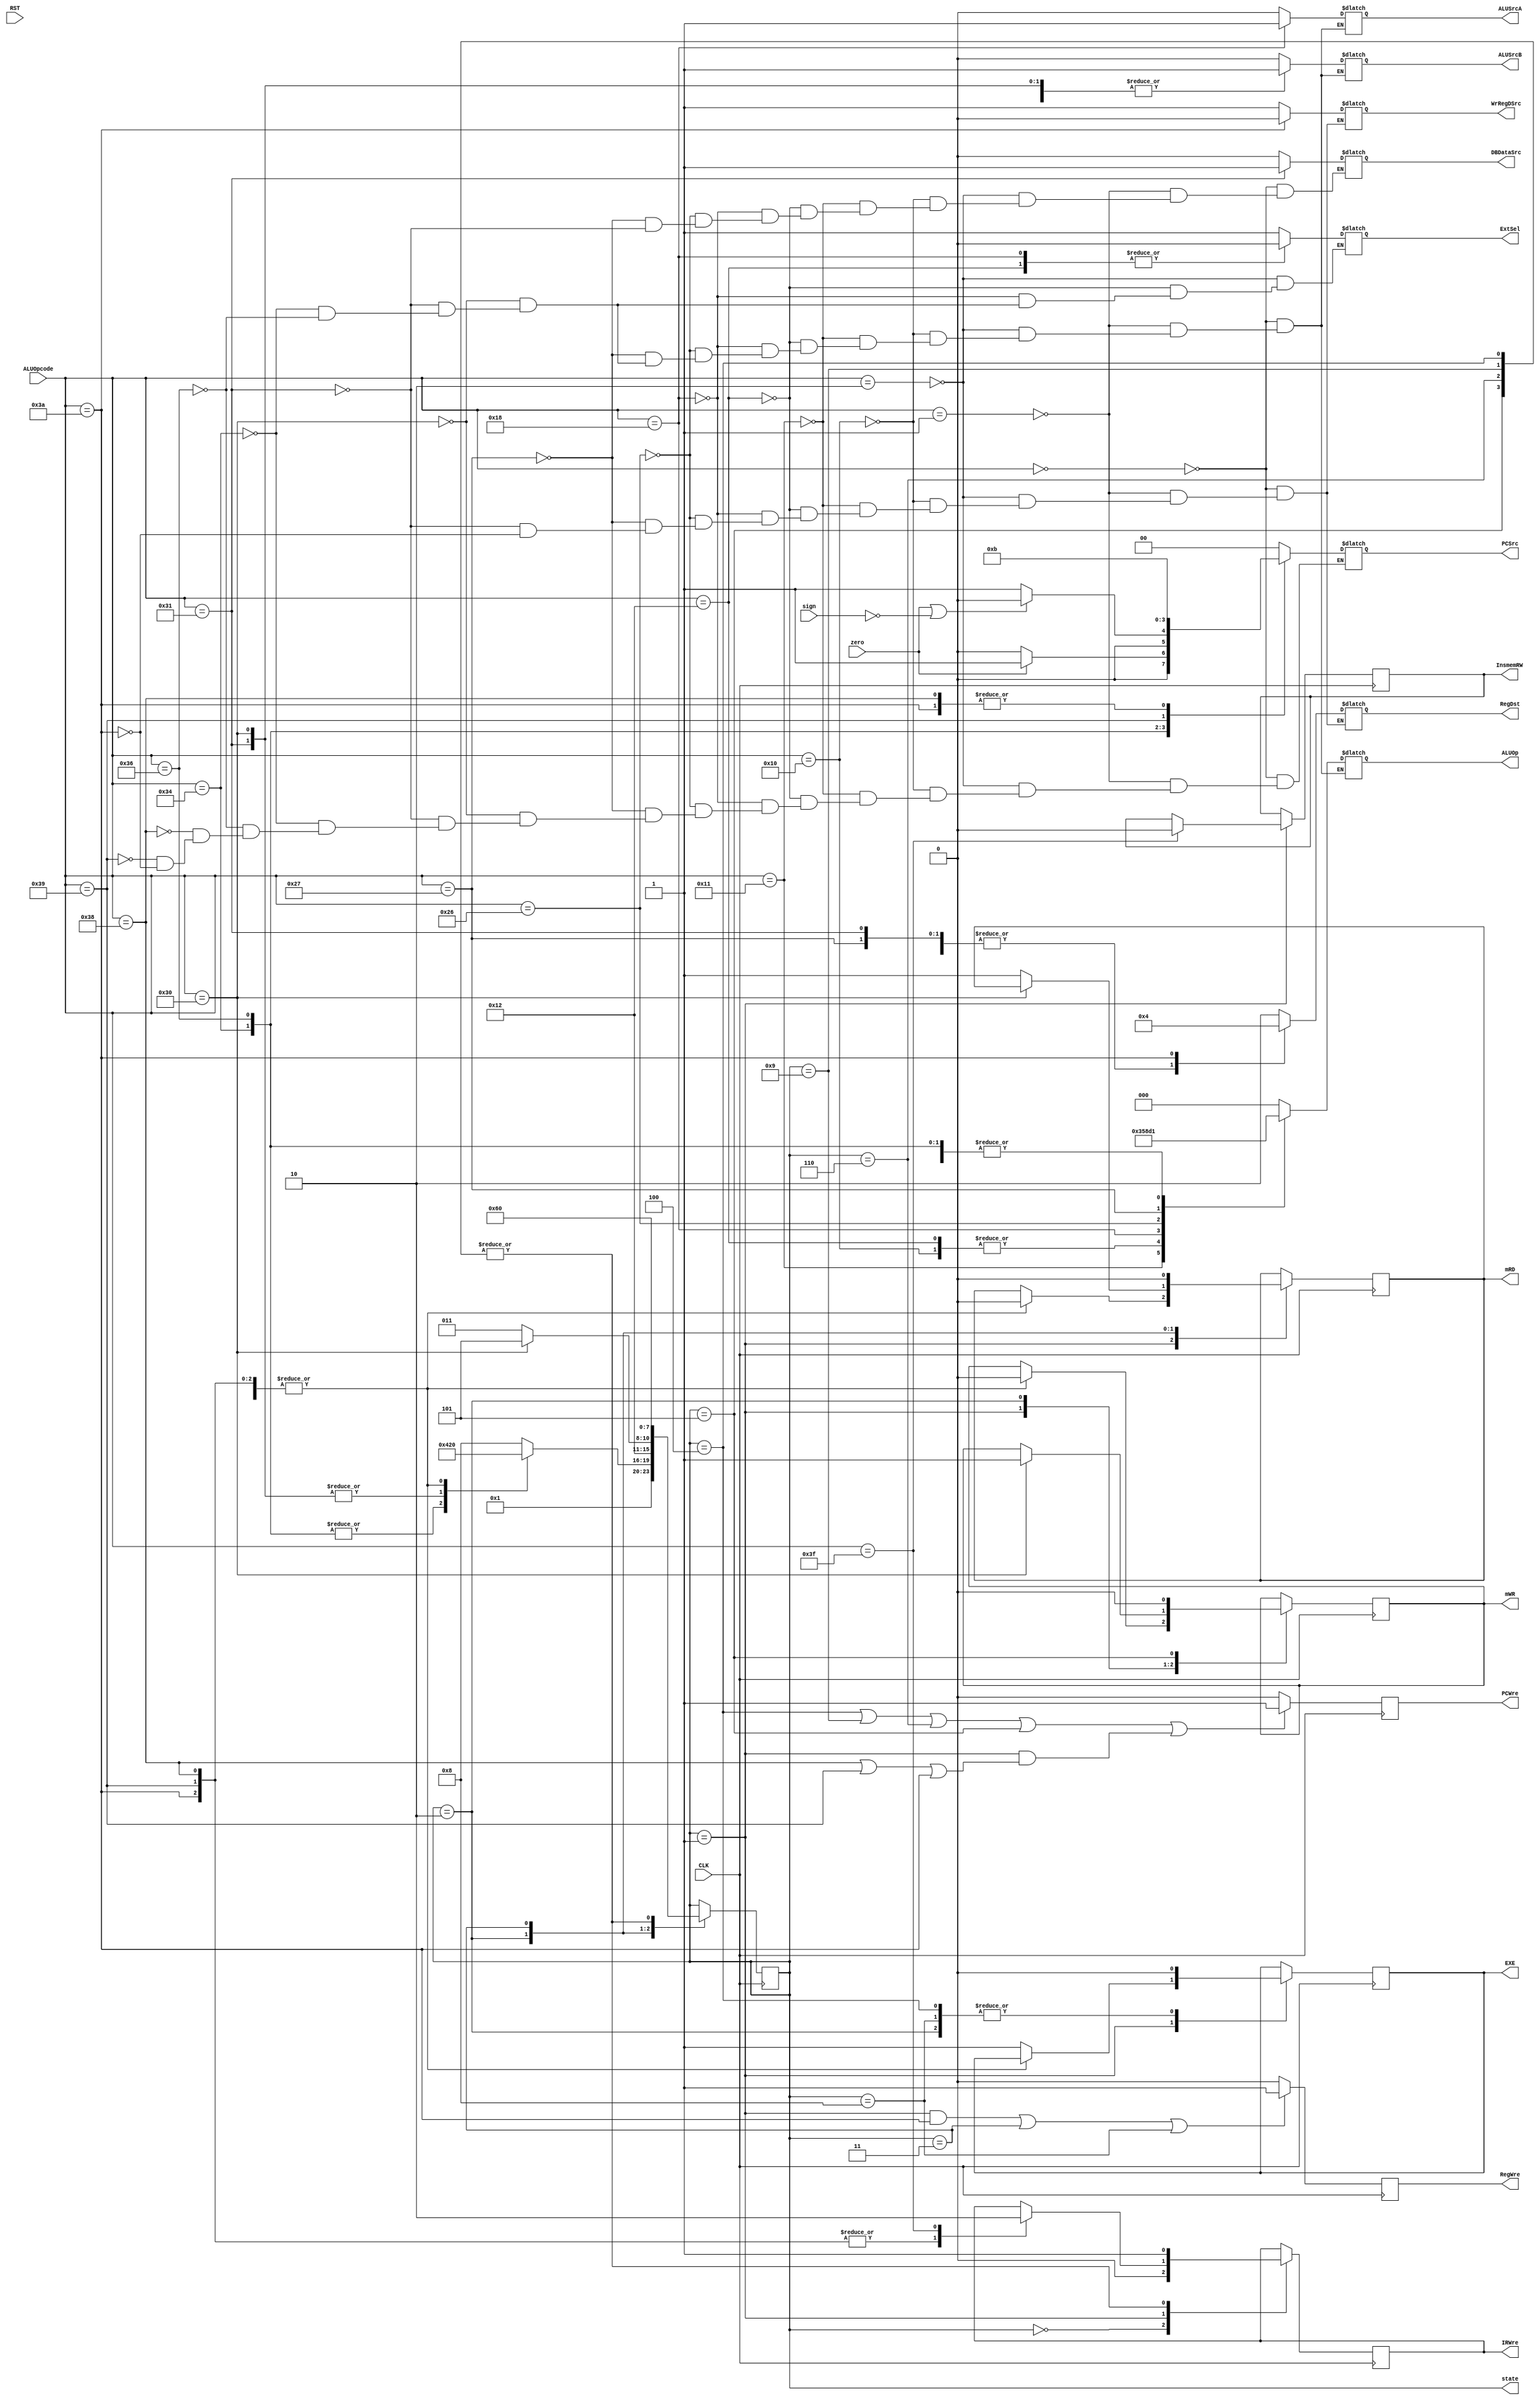
`timescale 1ns / 1ps
//////////////////////////////////////////////////////////////////////////////////
// Company: 
// Engineer: 
// 
// Design Name: 
// Module Name: ctrlUnit
// Project Name: 
// Target Devices: 
// Tool Versions: 
// Description: 
// 
// Dependencies: 
// 
// Revision:
// Revision 0.01 - File Created
// Additional Comments:
// 
//////////////////////////////////////////////////////////////////////////////////

module ctrlUnit(
    input [5:0] ALUOpcode,
    input RST,
    input CLK,
    input sign,
    input zero,
    output reg RegWre,
    output reg WrRegDSrc,
    output reg InsmemRW,
    output reg IRWre,
    output reg PCWre,
    output reg ExtSel,
    output reg mRD,
    output reg mWR,
    output reg EXE,
    output reg DBDataSrc,
    output reg ALUSrcB,
    output reg ALUSrcA,
    output reg [1:0] RegDst,
    output reg [1:0] PCSrc,
    output reg [2:0] ALUOp,
    output reg [3:0] state
    );
    //
    initial begin
        state = 4'b0000;
        IRWre = 1;
        PCWre = 0;
        RegWre = 0;
    end
    //IRWre PCWre RegWre mRD mWR 
    always @ (posedge CLK) begin
        case(state)
            4'b0000: begin
                IRWre <= 0;
                state <= 4'b0001;
            end
            4'b0001: begin
                case(ALUOpcode)
                    6'b110100, 6'b110110: begin //beq, bltz
                        EXE <= 1;
                        state <= 4'b0100;
                    end
                    6'b110000, 6'b110001: begin //lw, sw
                        EXE <= 1;
                        state <= 4'b0010;
                    end
                    6'b111000, 6'b111001, 6'b111010: begin  //j, jal, jr
                        IRWre <= 1;
                        mRD <= 0;
                        mWR <= 0;
                        state <= 4'b0000;
                    end
                    6'b111111: begin    //halt
                        IRWre <= 0;
                        InsmemRW <= 0;
                        mRD <= 0;
                        mWR <= 0;
                        state <= 4'b0000;
                    end
                    default: begin  //
                        EXE <= 1;
                        state <= 4'b1000;
                    end
                endcase
            end
            4'b1000: begin
                EXE <= 0;
                state <= 4'b1001;
            end
            4'b0100: begin
                EXE <= 0;
                IRWre <= 1;
                state <= 4'b0000;
            end
            4'b0010: begin
                EXE <= 0;
                if(ALUOpcode == 6'b110000) begin
                    mWR <= 1;
                    state <= 4'b0101;
                end 
                else begin
                    mRD <= 1;
                    state <= 4'b0011;
                end
            end
            4'b1001, 4'b0110: begin
                IRWre <= 1;
                state <= 4'b0000;
            end
            4'b0011: begin
                mRD <= 0;
                state <= 4'b0110;
            end
            4'b0101: begin
                mWR <= 0;
                IRWre <= 1;
                state <= 4'b0000;
            end
        endcase
    end
    
    always @ (negedge CLK) begin
        if((state == 4'b0100) || (state == 4'b1001) || (state == 4'b0110) || (state == 4'b0101)
        || (state == 4'b0001 && (ALUOpcode == 6'b111000 || ALUOpcode == 6'b111001 || ALUOpcode == 6'b111010)))
            PCWre <= 1;
        else
            PCWre <= 0;
        if((state == 4'b0001 && ALUOpcode == 6'b111010) || state == 4'b0011 || state == 4'b1000)
            RegWre <= 1;
        else
            RegWre <= 0;
    end
    
    // 
    always @ (ALUOpcode or zero or sign) begin
        case (ALUOpcode)
            6'b000000: begin    //add
                ALUOp = 3'b000;
                ALUSrcA = 0;
                ALUSrcB = 0;
                DBDataSrc = 0;
                WrRegDSrc = 1;
                PCSrc = 2'b00;
                RegDst = 2'b10;
            end
            6'b000001: begin    //sub
                ALUOp = 3'b001;
                ALUSrcA = 0;
                ALUSrcB = 0;
                DBDataSrc = 0;
                WrRegDSrc = 1;
                PCSrc = 2'b00;
                RegDst = 2'b10;
            end
            6'b000010: begin    // addi
                ALUOp = 3'b000;
                ALUSrcA = 0;
                ALUSrcB = 1;
                DBDataSrc = 0;
                WrRegDSrc = 1;
                ExtSel = 1;
                PCSrc = 2'b00;
                RegDst = 2'b01;
            end
            6'b010000: begin    //or
                ALUOp = 3'b101;
                ALUSrcA = 0;
                ALUSrcB = 0;
                DBDataSrc = 0;
                WrRegDSrc = 1;
                PCSrc = 2'b00;
                RegDst = 2'b10;
            end
            6'b010001: begin    //and
                ALUOp = 3'b110;
                ALUSrcA = 0;
                ALUSrcB = 0;
                DBDataSrc = 0;
                WrRegDSrc = 1;
                PCSrc = 2'b00;
                RegDst = 2'b10;
            end
            6'b010010: begin    //ori
                ALUOp = 3'b101;
                ALUSrcA = 0;
                ALUSrcB = 1;
                DBDataSrc = 0;
                WrRegDSrc = 1;
                ExtSel = 0;
                PCSrc = 2'b00;
                RegDst = 2'b01;
            end
            6'b011000: begin    //sll
                ALUOp = 3'b100;
                ALUSrcA = 1;
                ALUSrcB = 0;
                DBDataSrc = 0;
                WrRegDSrc = 1;
                ExtSel = 0;
                PCSrc = 2'b00;
                RegDst = 2'b01;
            end
            6'b100110: begin    //slt
                ALUOp = 3'b011;
                ALUSrcA = 0;
                ALUSrcB = 0;
                DBDataSrc = 0;
                WrRegDSrc = 1;
                PCSrc = 2'b00;
                RegDst = 2'b10;
            end
            6'b100111: begin    //sltiu
                ALUOp = 3'b010;
                ALUSrcA = 0;
                ALUSrcB = 1;
                DBDataSrc = 0;
                WrRegDSrc = 1;
                PCSrc = 2'b00;
                RegDst = 2'b01;
            end
            6'b110000: begin    //sw
                ALUSrcA = 0;
                ALUSrcB = 1;
                ALUOp = 3'b000;
                ExtSel = 1;
                PCSrc = 2'b00;
            end
            6'b110001: begin    //lw
                ALUSrcA = 0;
                ALUSrcB = 1;
                DBDataSrc = 1;
                WrRegDSrc = 1;
                ExtSel = 1;
                ALUOp = 3'b000;
                PCSrc = 2'b00;
                RegDst = 2'b01;
            end
            6'b110100: begin    //beq
                ALUOp = 3'b001;
                ALUSrcA = 0;
                ALUSrcB = 0;
                ExtSel = 1;
                PCSrc = (zero == 0) ? 2'b00 : 2'b01;
            end
            6'b110110: begin    //bltz
                ALUOp = 3'b001;
                ALUSrcA = 0;
                ALUSrcB = 0;
                ExtSel = 1;
                PCSrc = (zero == 1 || sign == 0) ? 2'b00 : 2'b01;
            end
            6'b111000: begin    //j
                PCSrc = 2'b11;
            end
            6'b111001: begin    //jr
                PCSrc = 2'b10;
            end
            6'b111010: begin    //jal
                WrRegDSrc = 0;
                PCSrc = 2'b11;
                RegDst = 2'b00;
            end
            6'b111111: begin    //halt
            end
        endcase
    end
endmodule